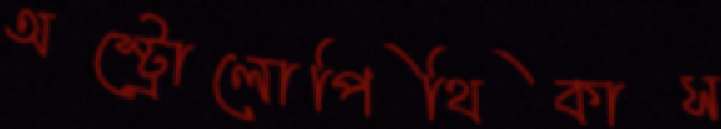
অস্ট্রোলোপিথিকাস